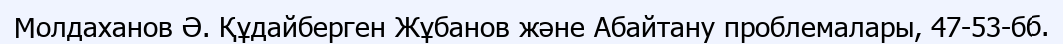
Молдаханов Ә. Құдайберген Жұбанов және Абайтану проблемалары, 47-53-бб.